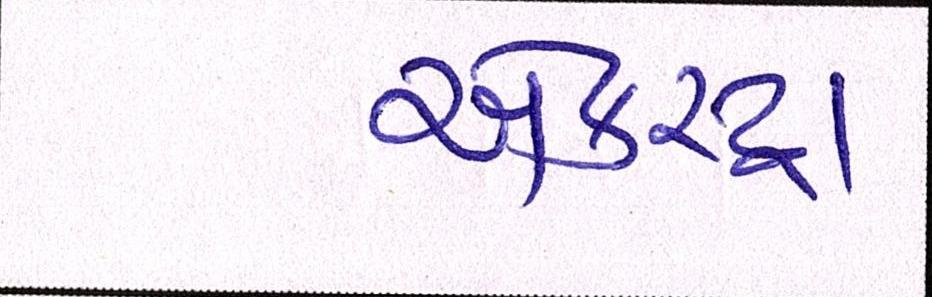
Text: એકસ્ટ્રા